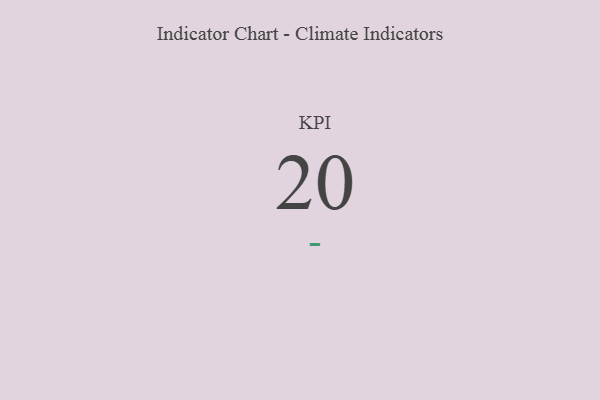
{"axis": {"x": "KPI", "y": "Value"}, "legend": [""], "data": [{"x": "KPI", "y": 20, "type": ""}]}